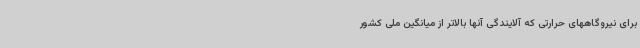
برای نیروگاههای حرارتی که آلایندگی آنها بالاتر از میانگین ملی کشور